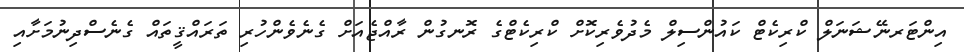
އިންޓަރނޭޝަނަލް ކްރިކެޓް ކައުންސިލް މެދުވެރިކޮށް ކްރިކެޓްގެ ރޮނގުން ރާއްޖެއަށް ގެނެވެންހުރި ތަރައްޤީތައް ގެނެސްދިނުމަށާއި